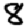
Digit: 8